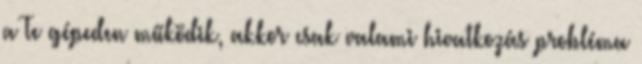
a Te gépeden működik, akkor csak valami hivatkozás probléma